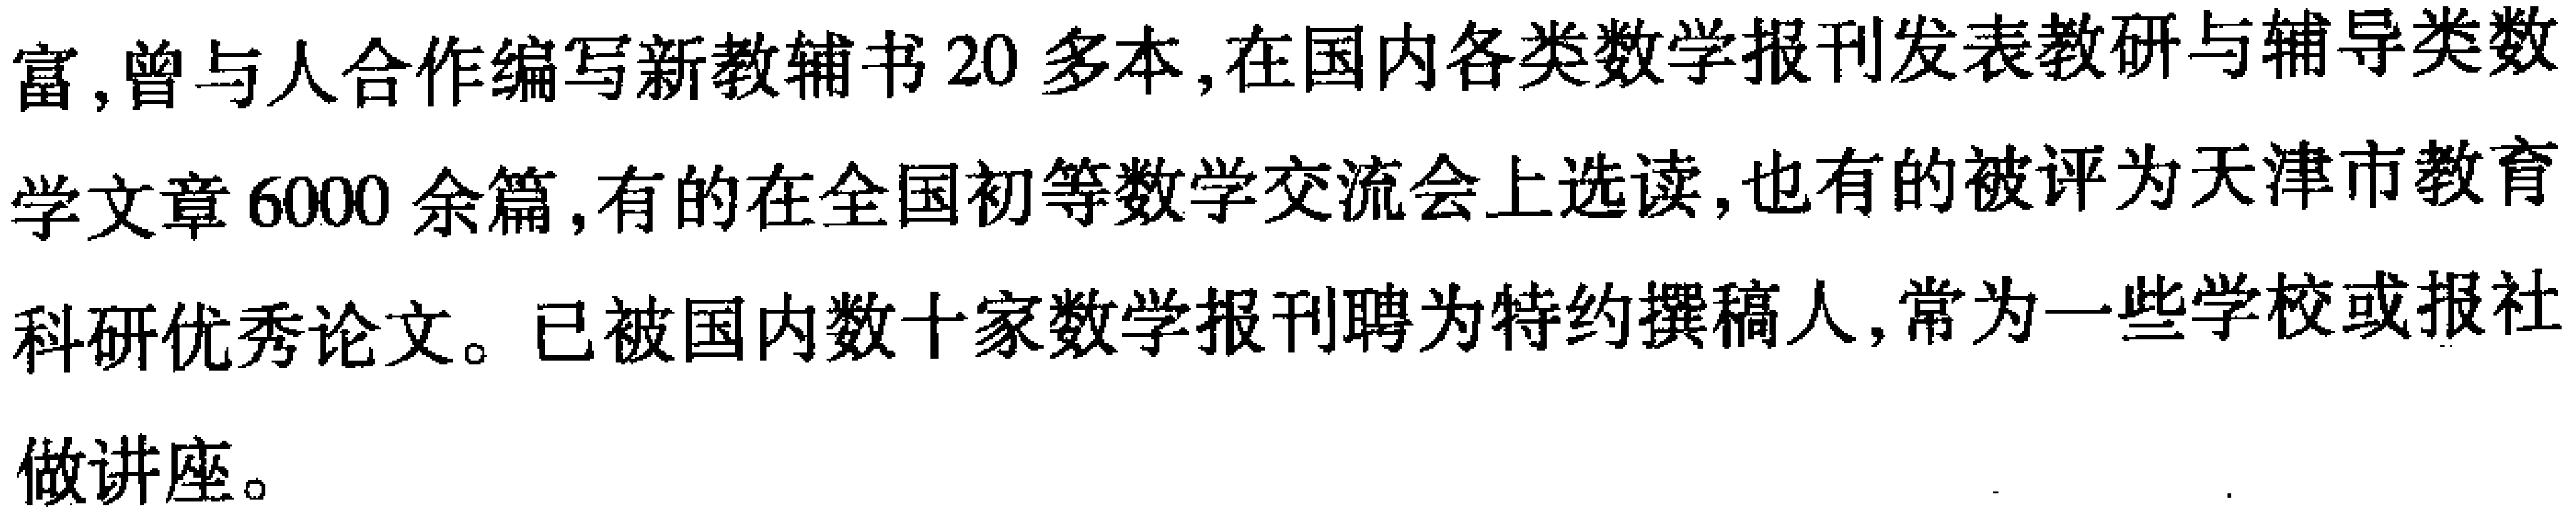
富,曾与人合作编写新教辅书20多本,在国内各类数学报刊发表教研与辅导类数学文章6000余篇,有的在全国初等数学交流会上选读,也有的被评为天津市教育科研优秀论文。已被国内数十家数学报刊聘为特约撰稿人,常为一些学校或报社做讲座。